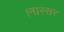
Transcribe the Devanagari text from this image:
।नास्सर